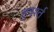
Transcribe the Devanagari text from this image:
हुवर्श्त